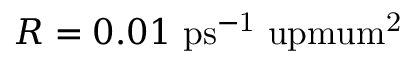
R = 0 . 0 1 ~ \mathrm { p s ^ { - 1 } \ u p m u m ^ { 2 } }